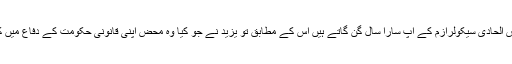
جس الحادی سیکولرازم کے آپ سارا سال گن گاتے ہیں اس کے مطابق تو یزید نے جو کیا وہ محض اپنی قانونی حکومت کے دفاع میں کیا۔